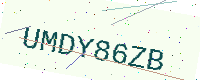
Text: UMDY86ZB